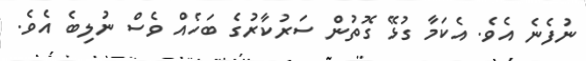
ނުފެނެ އެވެ. އެކަމާ ގުޅޭ ގޮތުން ސަރުކާރުގެ ބަހެއް ވެސް ނުލިބެ އެވެ.